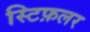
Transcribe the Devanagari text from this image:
स्टिफ़लर